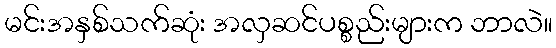
မင်းအနှစ်သက်ဆုံး အလှဆင်ပစ္စည်းများက ဘာလဲ။